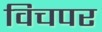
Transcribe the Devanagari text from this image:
विचपर